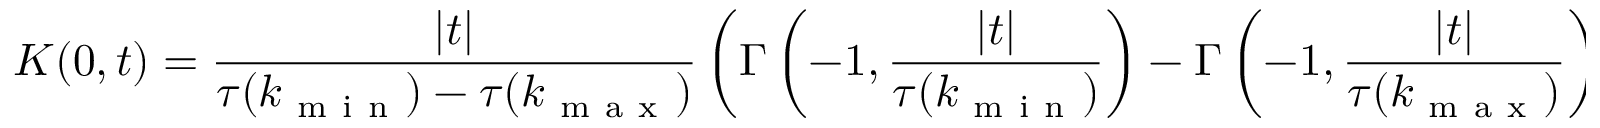
K ( 0 , t ) = \frac { | t | } { \tau ( k _ { \mathrm { ~ m ~ i ~ n ~ } } ) - \tau ( k _ { \mathrm { ~ m ~ a ~ x ~ } } ) } \left( \Gamma \left( - 1 , \frac { | t | } { \tau ( k _ { \mathrm { ~ m ~ i ~ n ~ } } ) } \right) - \Gamma \left( - 1 , \frac { | t | } { \tau ( k _ { \mathrm { ~ m ~ a ~ x ~ } } ) } \right) \right) .